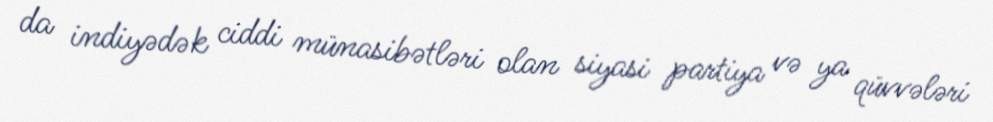
da indiyədək ciddi münasibətləri olan siyasi partiya və ya qüvvələri